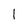
Character: 1